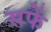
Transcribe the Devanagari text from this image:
सफें